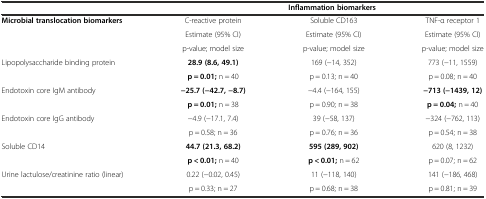
|  | <COLSPAN=3> Inflammation biomarkers |
 | --- | --- | --- | --- |
 | <ROWSPAN=3> Microbial translocation biomarkers | C-reactive protein | Soluble CD163 | TNF-α receptor 1 |
 | Estimate (95% CI) | Estimate (95% CI) | Estimate (95% CI) |
 | p-value; model size | p-value; model size | p-value; model size |
 | <ROWSPAN=2> Lipopolysaccharide binding protein | 28.9 (8.6, 49.1) | 169 (−14, 352) | 773 (−11, 1559) |
 | p = 0.01; n = 40 | p = 0.13; n = 40 | p = 0.08; n = 40 |
 | <ROWSPAN=2> Endotoxin core IgM antibody | −25.7 (−42.7, −8.7) | −4.4 (−164, 155) | −713 (−1439, 12) |
 | p = 0.01; n = 38 | p = 0.90; n = 38 | p = 0.04; n = 40 |
 | <ROWSPAN=2> Endotoxin core IgG antibody | −4.9 (−17.1, 7.4) | 39 (−58, 137) | −324 (−762, 113) |
 | p = 0.58; n = 36 | p = 0.76; n = 36 | p = 0.54; n = 38 |
 | <ROWSPAN=2> Soluble CD14 | 44.7 (21.3, 68.2) | 595 (289, 902) | 620 (8, 1232) |
 | p < 0.01; n = 40 | p < 0.01; n = 62 | p = 0.07; n = 62 |
 | <ROWSPAN=2> Urine lactulose/creatinine ratio (linear) | 0.22 (−0.02, 0.45) | 11 (−118, 140) | 141 (−186, 468) |
 | p = 0.33; n = 27 | p = 0.68; n = 38 | p = 0.81; n = 39 |